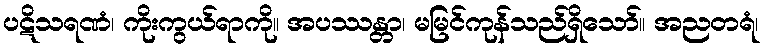
ပဋိသရဏံ၊ ကိုးကွယ်ရာကို။ အပဿန္တာ၊ မမြင်ကုန်သည်ရှိသော်။ အညတရံ၊